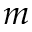
m